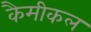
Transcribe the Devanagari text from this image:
कैमीकल